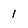
Character: 1